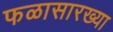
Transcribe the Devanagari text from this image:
फळासारख्या